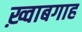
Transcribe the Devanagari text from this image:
ख़्वाबगाह